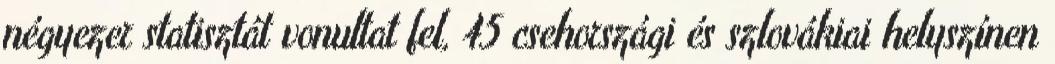
négyezer statisztát vonultat fel, 45 csehországi és szlovákiai helyszínen